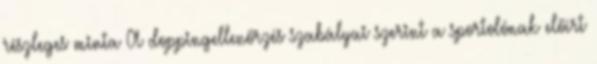
részleges minta A doppingellenőrzés szabályai szerint a sportolónak előírt